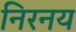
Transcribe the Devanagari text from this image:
निरनय